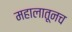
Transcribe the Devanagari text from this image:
महालातूनच